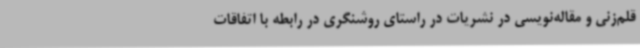
قلم‌زنی و مقاله‌نویسی در نشریات در راستای روشنگری در رابطه‌ با اتفاقات